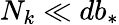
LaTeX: N_{k}\ll db_{*}